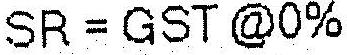
SR = GST @0%